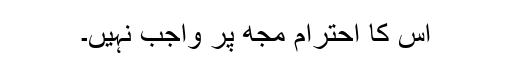
اس کا احترام مجھ پر واجب نہیں۔